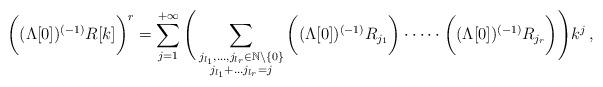
LaTeX: \begin{align*}\bigg((\Lambda[0])^{(-1)}R[k]\bigg)^r = \sum_{j=1}^{+\infty}\Bigg(\sum_{\substack{j_{l_1},\dots,j_{l_r}\in \mathbb{N}\setminus\{0\} \\ j_{l_1}+\dots j_{l_r}=j}}\bigg((\Lambda[0])^{(-1)}R_{j_1} \bigg)\cdot \dots \cdot \bigg((\Lambda[0])^{(-1)}R_{j_r} \bigg) \Bigg) k^j\, ,\end{align*}